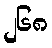
၂၆၈